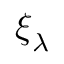
\boldsymbol { \xi } _ { \lambda }